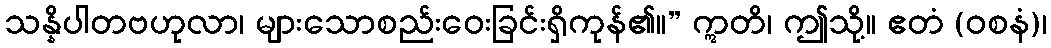
သန္နိပါတဗဟုလာ၊ များသောစည်းဝေးခြင်းရှိကုန်၏။” ဣတိ၊ ဤသို့။ ဧတံ (ဝစနံ)၊